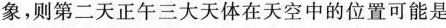
象，则第二天正午三大天体在天空中的位置可能是